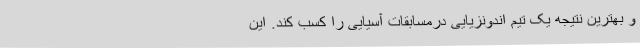
و بهترین نتیجه یک تیم اندونزیایی درمسابقات آسیایی را کسب کند. این